Medical and sanitary report of the native army of Madras for the year
Year: 1878
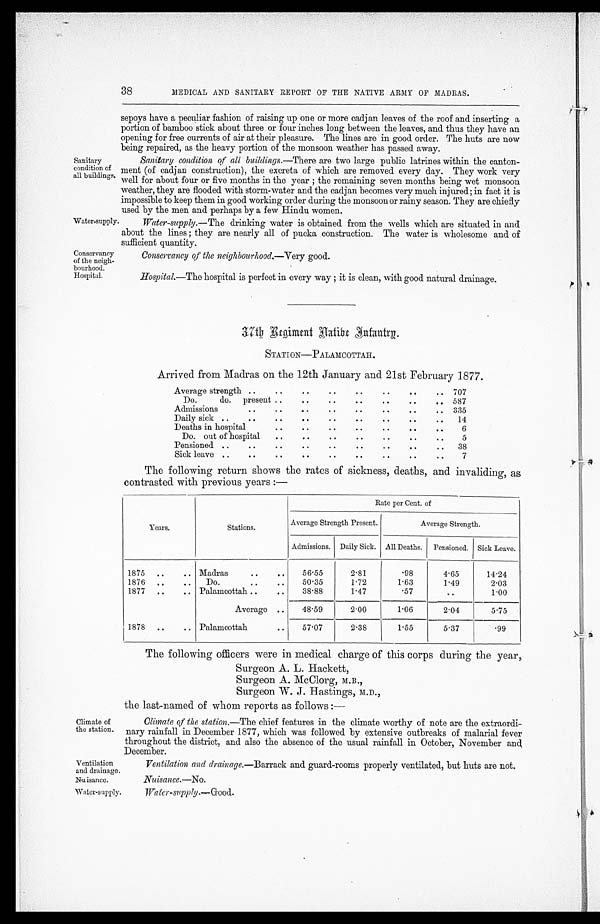
Sanitary
condition of
all buildings.
Water-supply
Conservancy
of the neigh-
bourhood.
Hospital.
38
MEDICAL AND SANITARY REPORT OF THE NATIVE ARMY OF MADRAS.
sepoys have a peculiar fashion of raising up one or more cadjan leaves of the roof and inserting a
portion of bamboo stick about three or four inches long between the leaves, and thus they have an
opening for free currents of air at their pleasure. The lines are in good order. The huts are now
being repaired, as the heavy portion of the monsoon weather has passed away.
Sanitary condition, of all buildings.—There are two large public latrines within the canton-
ment (of cadj an construction), the excreta of which are removed every day. They work very
well for about four or five months in the year ; the remaining seven months being wet monsoon
weather, they are flooded with storm-water and the cadjan becomes very much injured; in fact it is
impossible to keep them in good working order during the monsoon or rainy season. They are chiefly
used by the men and perhaps by a few Hindu women.
Water-supply.— The drinking water is obtained from the wells which are situated in and
about the lines ; they are nearly all of pucka construction. The water is wholesome and. of
sufficient quantity.
Conservancy of the neighbourhood.—Very good.
Hospital.—The hospital is perfect in every way ; it is clean, with good natural drainage.
37th RegimentNative Infantry.
STATION—PALAMCOTTAH.
Arrived from Madras on the 12th January and 21st February 1877.
Average strength
. .
. .
. .
..
..
. .
..
.. 707
Do.
do. present ..
..
..
..
. .
. .
..
587
Admissions
. .
. .
. .
. .
. .
. .
. .
. .
335
Daily sick ..
. .
..
. .
..
..
. .
..
..
14
Deaths in hospital
..
..
..
..
..
. .
. .
6
Do. out of hospital
..
. .
. .
. .
. .
. .
. .
5
Pensioned ..
. .
. .
. .
. .
. .
. .
. .
..
38
Sick leave
. .
. .
..
. .
. .
. .
. .
. .
. .
7
The following return shows the rates of sickness, deaths, and invaliding, as
contrasted with previous years :—
Rate per Cent. of
Years.
Stations.
Average Strength Present.
Average Strength.
Admissions. Daily Sick. All Deaths.
Pensioned. Sick Leave.
1875
..
.. Madras
..
. .
56.55
2.81
.98
4.65
14.24
1876
..
..
Do.
. .
. .
50.35
1.72
1.63
1.49
2.03
1877
..
.. Palamcottah ..
..
38.88
1.47
.57
..
1.00
Average ..
48.59
2.00
1.06
2.04
5.75
1878
..
.. Palamcottah
..
57.07
2.38
1.55
5.37
.99
Climate of
the station.
Ventilation
and drainage.
Nuisance.
Water-supply.
The following officers were in medical charge of this corps during the year,
Surgeon A. L. Hackett,
Surgeon A. McClorg. M B . ,
b3
• •)
Surgeon W. J. Hastings, M.D.,
the last-named of whom reports as follows :—
Climate of the station.— The chief features in the climate worthy of note are the extraordi-
nary rainfall in December 1877, which was followed by extensive outbreaks of malarial fever
throughout the district, and also the absence of the usual rainfall in October, November and,
December.
Ventilation and drainage.—Barrack and guard-rooms properly ventilated, but huts are not.
Nuisance.—No.
Water-supply.— Good.